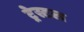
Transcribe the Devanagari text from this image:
ट्रेस्टल